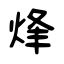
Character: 烽